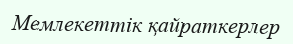
Мемлекеттік қайраткерлер